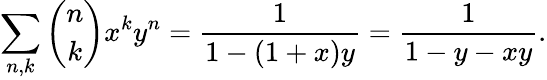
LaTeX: \sum_{n,k}{\binom{n}{k}}x^{k}y^{n}={\frac{1}{1-(1+x)y}}={\frac{1}{1-y-xy}}.